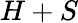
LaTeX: H+S